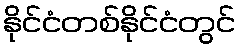
နိုင်ငံတစ်နိုင်ငံတွင်